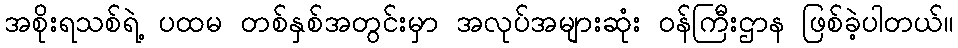
အစိုးရသစ်ရဲ့ ပထမ တစ်နှစ်အတွင်းမှာ အလုပ်အများဆုံး ဝန်ကြီးဌာန ဖြစ်ခဲ့ပါတယ်။